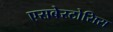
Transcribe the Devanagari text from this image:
एसबेस्टोसिस